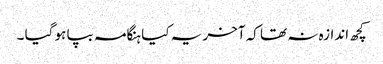
کچھ اندازہ نہ تھا کہ آخر یہ کیا ہنگامہ بپا ہو گیا ۔